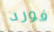
فورد